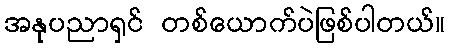
အနုပညာရှင် တစ်ယောက်ပဲဖြစ်ပါတယ်။